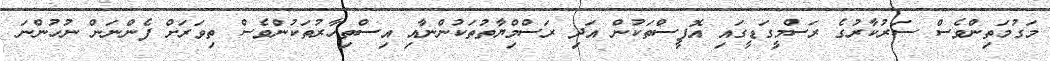
މަގުމަތިންވެސް ސަރުކާރުގެ ރަސްމީގަޑީގައި އޮފީސްތަކުން އަދި ރަސްމިްޔާތުތަކުންނާއި އިސްތިހާރުތަކުންވެސް ތިވަރަށް ފެންނަން ނުހުންނަ